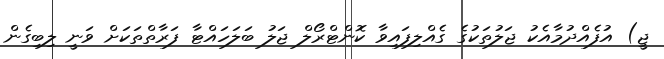
ޖީ) އުފެއްދުމާއެކު ޖަލުތަކުގެ ގެއްލިފައިވާ ކޮންޓްރޯލް ޖަލު ބަލަހައްޓާ ފަރާތްތަކަށް ވަނީ ލިބިގެން